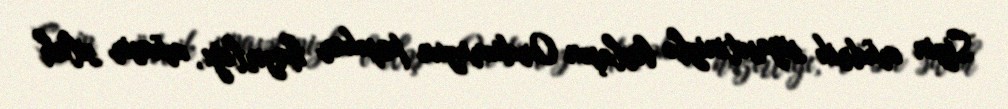
Sizin müdrik siyasətinizlə birləşən Ordumuzun peşəkar hazırlığı, müasir silah